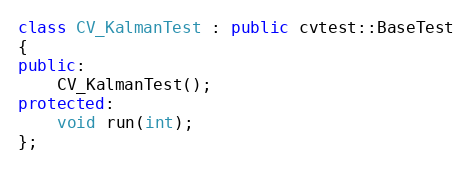
Language: C++
class CV_KalmanTest : public cvtest::BaseTest
{
public:
    CV_KalmanTest();
protected:
    void run(int);
};